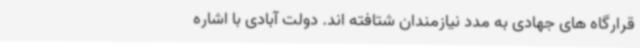
قرارگاه های جهادی به مدد نیازمندان شتافته اند. دولت آبادی با اشاره